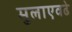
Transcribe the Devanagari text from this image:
मुलाएवढे